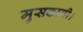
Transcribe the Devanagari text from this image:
मुसकानी।